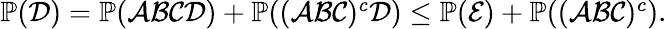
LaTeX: \begin{array}{r}{\operatorname{\mathbb P}(\mathcal{D})=\operatorname{\mathbb P}(\mathcal{A}\mathcal{B}\mathcal{C}\mathcal{D})+\operatorname{\mathbb P}((\mathcal{A}\mathcal{B}\mathcal{C})^{c}\mathcal{D})\le\operatorname{\mathbb P}(\mathcal{E})+\operatorname{\mathbb P}((\mathcal{A}\mathcal{B}\mathcal{C})^{c}).}\end{array}